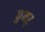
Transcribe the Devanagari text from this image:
कुमर्